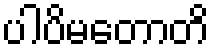
ပါပိမတောတိ